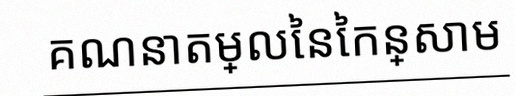
គណនាតម្លៃនៃកន្សោម